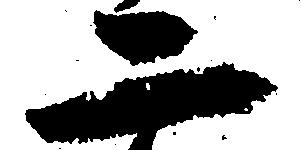
二